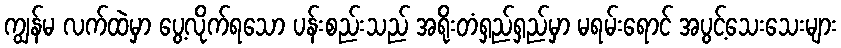
ကျွန်မ လက်ထဲမှာ ပွေ့လိုက်ရသော ပန်းစည်းသည် အရိုးတံရှည်ရှည်မှာ မရမ်းရောင် အပွင့်သေးသေးများ